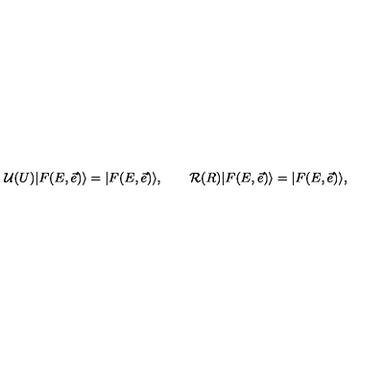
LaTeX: \mathcal U ( U ) | F ( E , \vec { e } ) \rangle = | F ( E , \vec { e } ) \rangle , \qquad \mathcal R ( R ) | F ( E , \vec { e } ) \rangle = | F ( E , \vec { e } ) \rangle ,